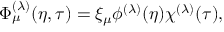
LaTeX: \Phi _ { \mu } ^ { ( \lambda ) } ( \eta , \tau ) = \xi _ { \mu } \phi ^ { ( \lambda ) } ( \eta ) \chi ^ { ( \lambda ) } ( \tau ) ,